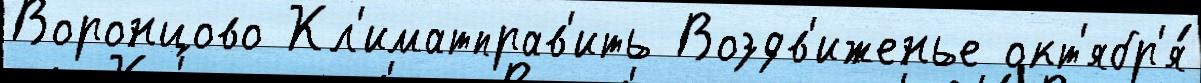
Воронцово Кл'иматправ'ить Воздв'иженье окт'ябр'я́